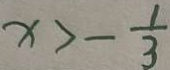
x > - \frac { 1 } { 3 }